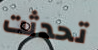
تحدثت